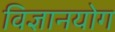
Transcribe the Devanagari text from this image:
विज्ञानयोग